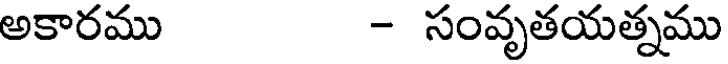
అకారము - సంవృతయత్నము